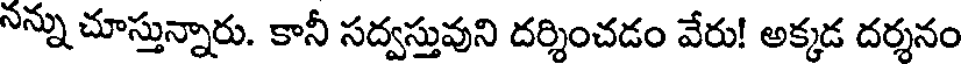
నన్ను చూస్తున్నారు. కానీ సద్వస్తువుని దర్శించడం వేరు! అక్కడ దర్శనం